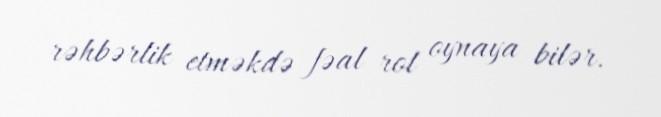
rəhbərlik etməkdə fəal rol oynaya bilər.